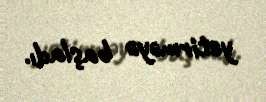
yetirməyə başladı.